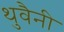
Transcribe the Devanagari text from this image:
थुवैनी